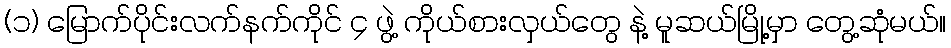
(၁) မြောက်ပိုင်းလက်နက်ကိုင် ၄ ဖွဲ့ ကိုယ်စားလှယ်တွေ နဲ့ မူဆယ်မြို့မှာ တွေ့ဆုံမယ်။